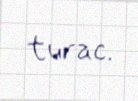
turac.